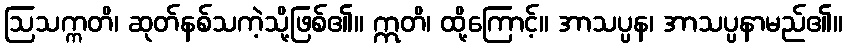
ဩသက္ကတိ၊ ဆုတ်နစ်သကဲ့သို့ဖြစ်၏။ ဣတိ၊ ထို့ကြောင့်။ အာသပ္ပန၊ အာသပ္ပနာမည်၏။